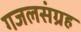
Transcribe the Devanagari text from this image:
गजलसंग्रह